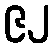
၉၂